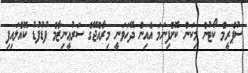
ސުޕްރީމް ކޯޓުން މިކަން ކޮށްފިނަމަ އެއިން ދޭހަވަނީ މިރާއްޖޭގެ ސަރުޢީނިޒާމް ފުޑުފުޑު ކޮއްލައިފި